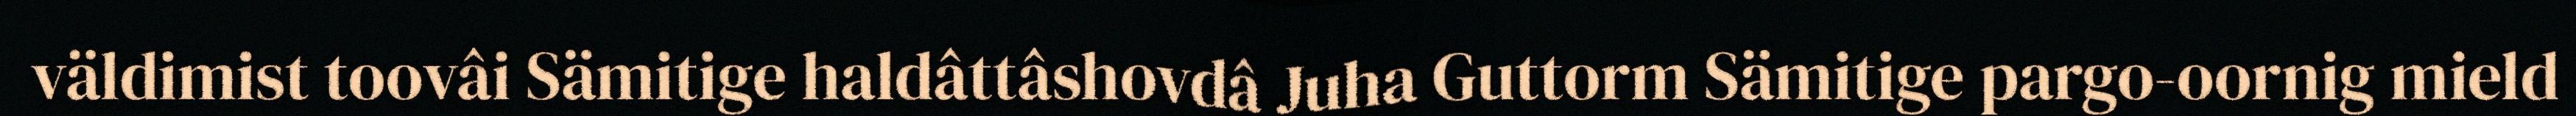
väldimist toovâi Sämitige haldâttâshovdâ Juha Guttorm Sämitige pargo-oornig mield